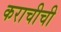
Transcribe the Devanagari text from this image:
कराचीची